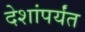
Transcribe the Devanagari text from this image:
देशांपर्यंत